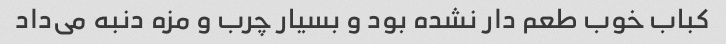
کباب خوب طعم دار نشده بود و بسیار چرب و مزه دنبه می‌داد